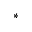
^ { * }